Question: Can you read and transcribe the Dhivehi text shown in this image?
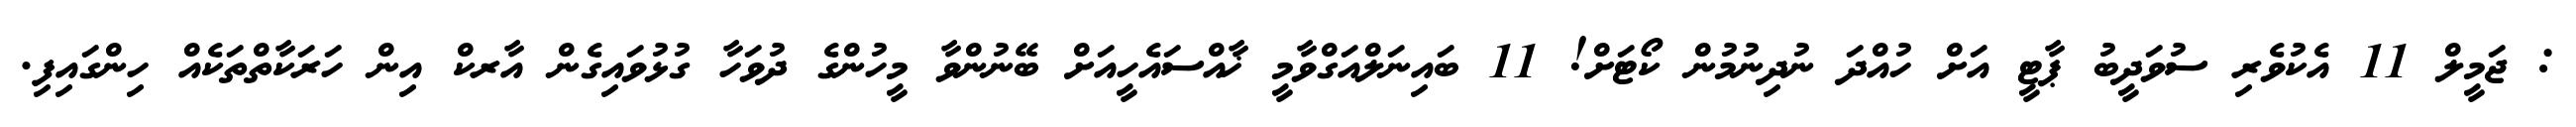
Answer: : ޖަމީލް 11 އެކުވެރި ސުވަދީބު ޕާޓީ އަށް ހުއްދަ ނުދިނުމުން ކޯޓަށް! 11 ބައިނަލްއަގްވާމީ ޚާއްސައެހީއަށް ބޭނުންވާ މީހުންގެ ދުވަހާ ގުޅުވައިގެން އާރކް އިން ހަރަކާތްތަކެއް ހިންގައިފި.